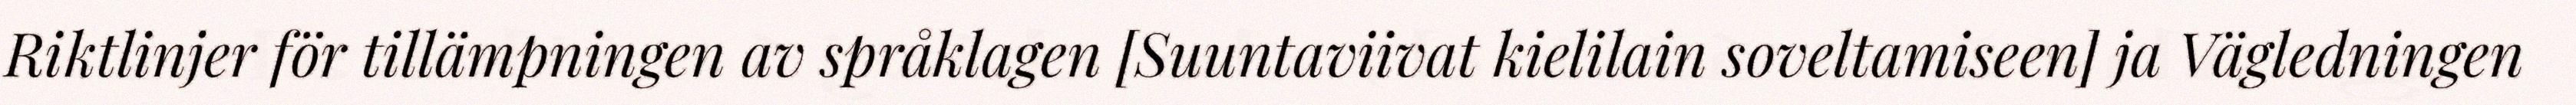
Riktlinjer för tillämpningen av språklagen [Suuntaviivat kielilain soveltamiseen] ja Vägledningen